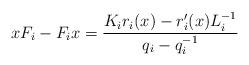
LaTeX: \begin{align*} xF_i - F_ix = \frac{K_ir_i(x)-r_i'(x)L_i^{-1}}{q_i-q_i^{-1}} \end{align*}